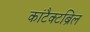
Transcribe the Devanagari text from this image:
कांटैक्टब्रिल